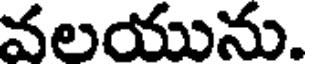
వలయును.